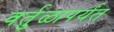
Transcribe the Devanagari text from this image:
वर्तुळापर्यंत